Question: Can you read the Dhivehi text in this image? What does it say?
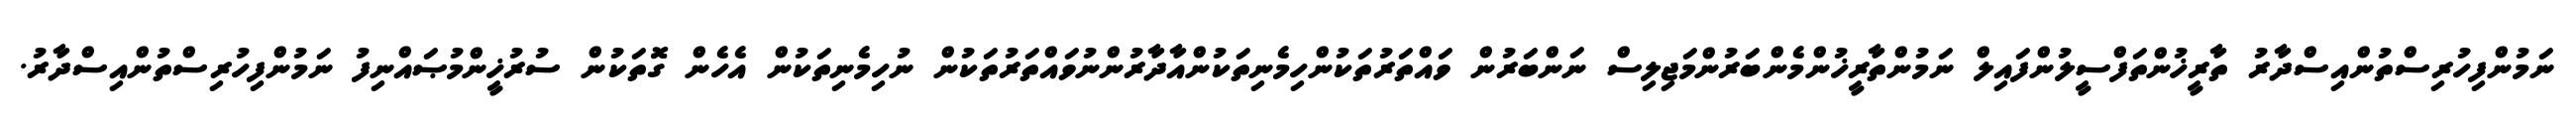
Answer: ނަމުންފިހުރިސްތުންއިސްދާރު ތާރީޚުންތަފްސީލުންފައިލް ނަމުންތާރީޚުންމެންބަރުންމަޖިލިސް ނަންބަރުން ވައްތަރުތަކުންހިމެނިތަކުންއާދާރުންނުވައްތަރުތަކުން ނުހިމެނިތަކުން އެހެން ގޮތަކުން ސުރުޚީންމުޞައްނިފު ނަމުންފިހުރިސްތުންއިސްދާރު.